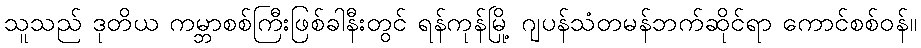
သူသည် ဒုတိယ ကမ္ဘာစစ်ကြီးဖြစ်ခါနီးတွင် ရန်ကုန်မြို့ ဂျပန်သံတမန်ဘက်ဆိုင်ရာ ကောင်စစ်ဝန်။